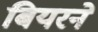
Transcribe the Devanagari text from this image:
बियरने